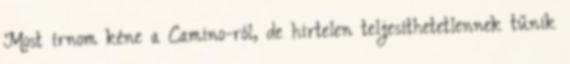
Most írnom kéne a Camino-ról, de hirtelen teljesíthetetlennek tűnik